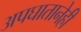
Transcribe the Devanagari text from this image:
अपघातानेही